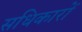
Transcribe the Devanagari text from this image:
सधिकारों